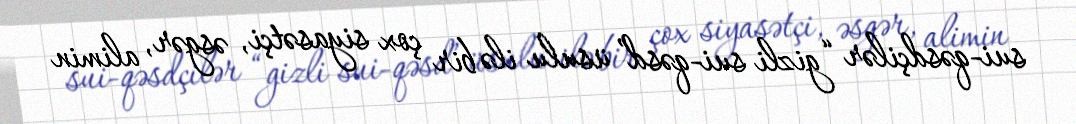
sui-qəsdçilər “gizli sui-qəsd” üsulu ilə bir çox siyasətçi, əsgər, alimin